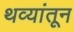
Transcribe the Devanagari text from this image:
थव्यांतून